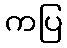
ကပြ